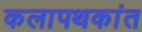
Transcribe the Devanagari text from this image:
कलापथकांत